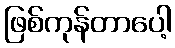
ဖြစ်ကုန်တာပေါ့